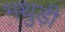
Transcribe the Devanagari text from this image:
भथुड़ी